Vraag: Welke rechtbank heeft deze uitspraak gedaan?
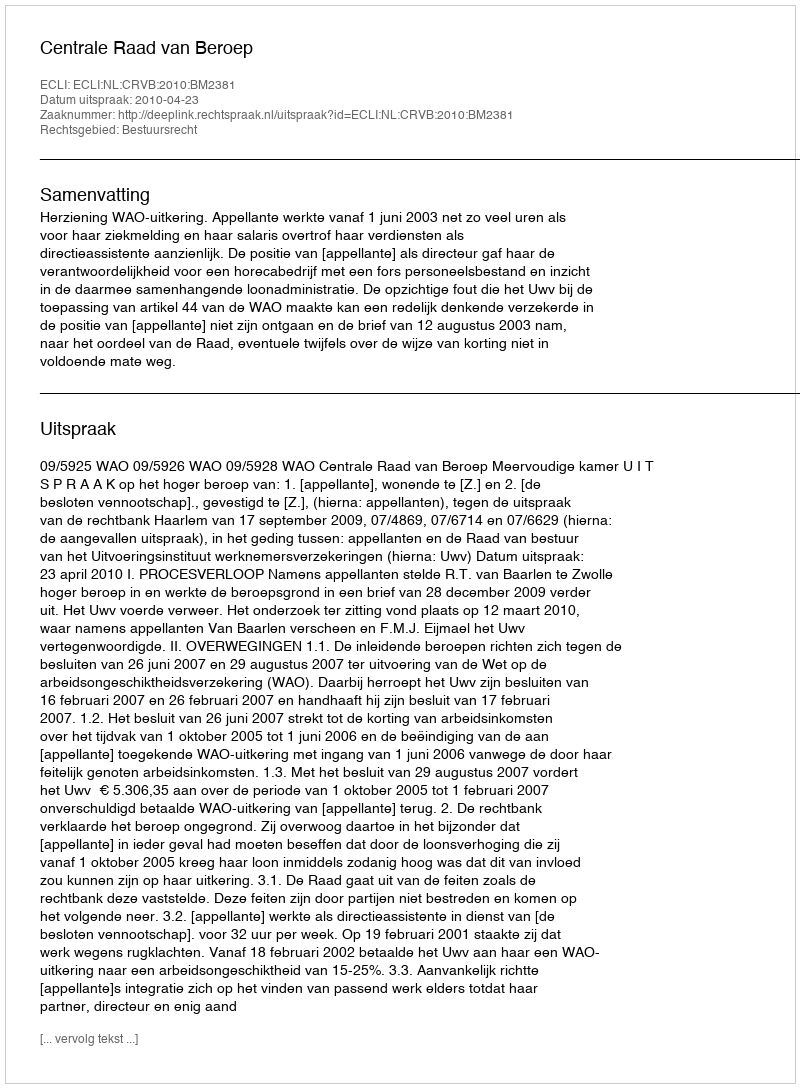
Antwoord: Centrale Raad van Beroep